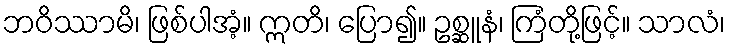
ဘဝိဿာမိ၊ ဖြစ်ပါအံ့။ ဣတိ၊ ပြော၍။ ဥစ္ဆူနံ၊ ကြံတို့ဖြင့်။ သာလံ၊